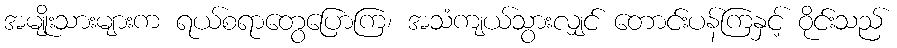
အမျိုးသားများက ရယ်စရာတွေပြောကြ၊ အသံကျယ်သွားလျှင် တောင်းပန်ကြနှင့် ဝိုင်းသည်